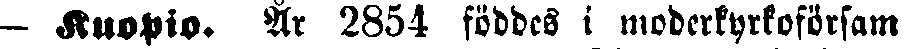
— Kuopio. År 2854 föddes i moderkyrkoförsam